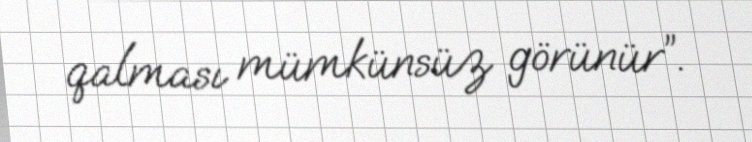
qalması mümkünsüz görünür”.